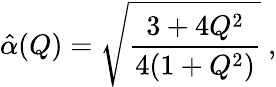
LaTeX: \hat{\alpha}(Q)=\sqrt{{\frac{3+4Q^{2}}{4(1+Q^{2})}}}\ ,